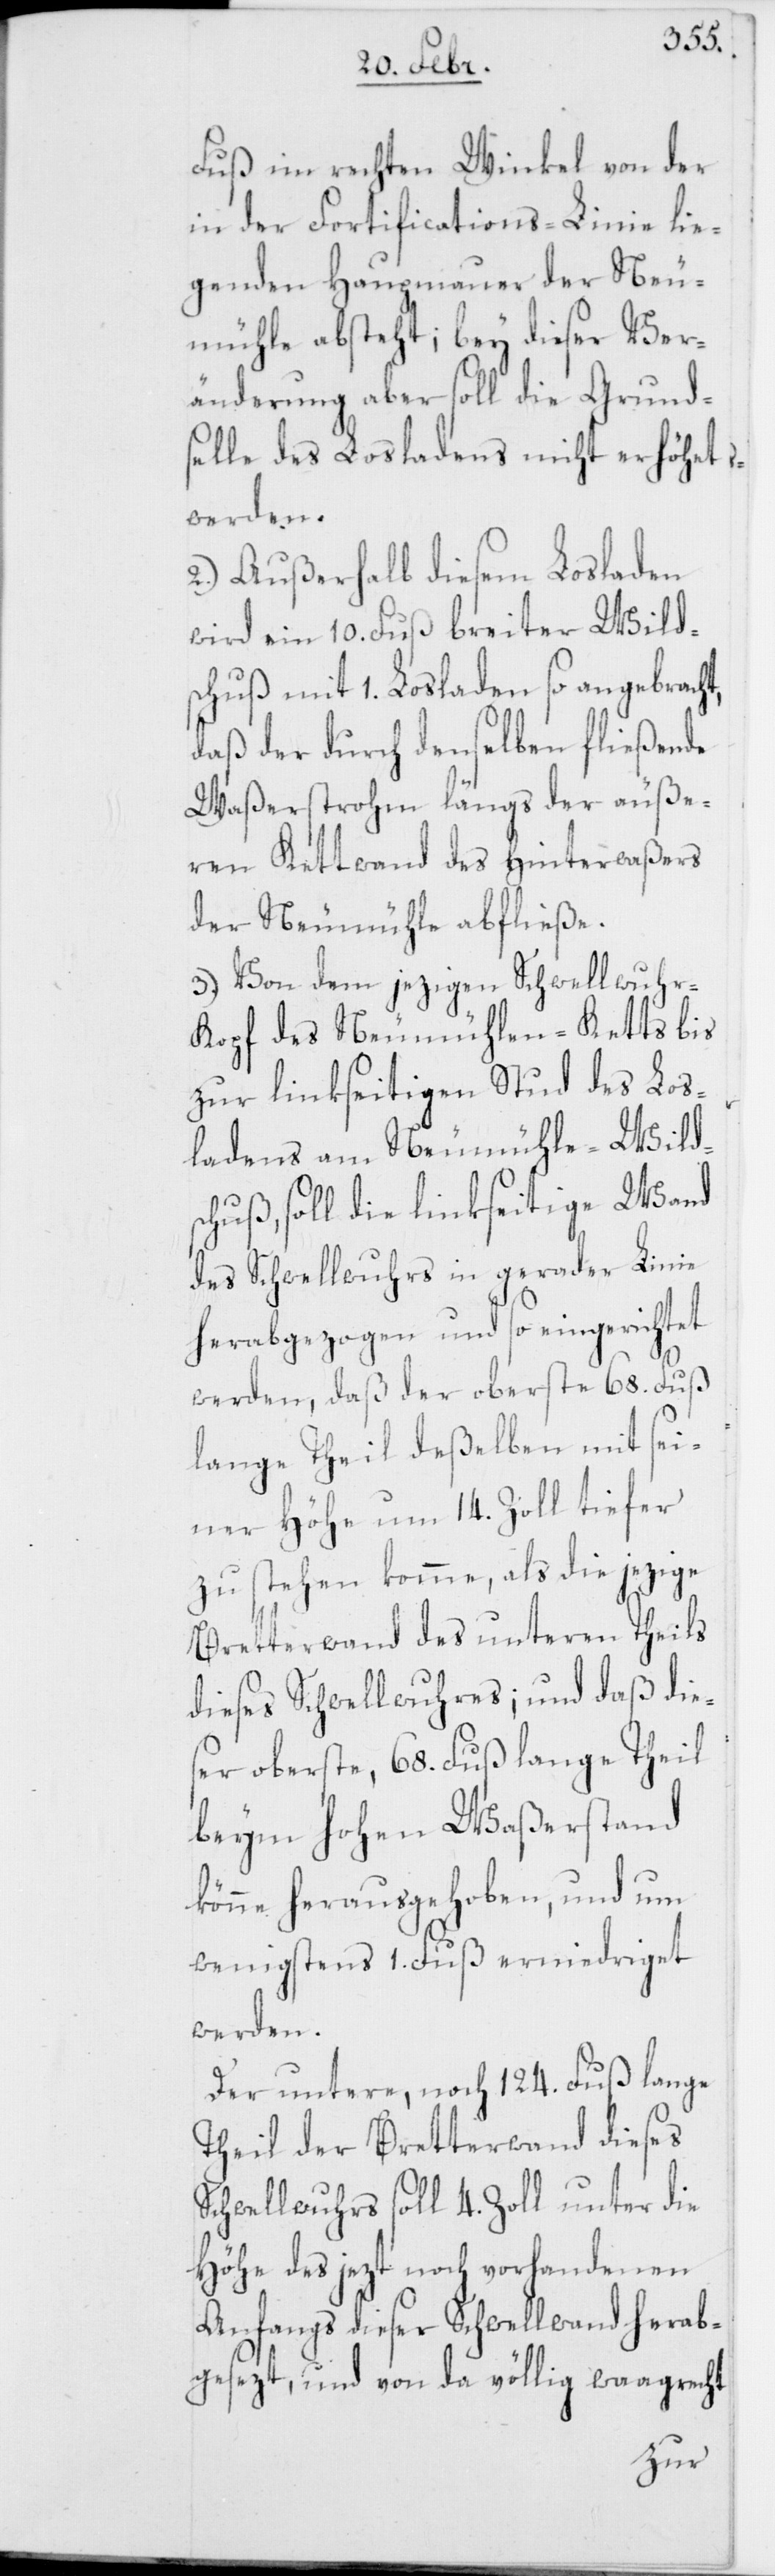
Fuß im rechten Winkel von der
in der Fortifications-Linie lie¬
genden Haup[t]mauer der Neu¬
mühle absteht; bey dieser Ver¬
änderung aber soll die Grunds¬
elle des Losladens nicht erhöhet
werden.
2.) Außerhalb diesem Losladen
wird ein 10. Fuß breiter Wilds¬
chuß mit 1. Losladen so angebracht,
daß der durch denselben fließende
Waßerstrohm längs der äuße¬
ren Kettwand des Hinterwaßers
der Neumühle abfließe.
3.) Von dem jezigen Schwellwuhr-K¬
opf des Neumühlen-Ketts bis
zur linkseitigen Stud des Los¬
ladens am Neumühle-Wilds¬
chuß, soll die linkseitige Wand
des Schwellwuhrs in gerader Linie
herabgezogen und so eingerichtet
werden, daß der oberste 68. Fuß
lange Theil deßelben mit sei¬
ner Höhe um 14. Zoll tiefer
zu stehen komme, als die jezige
Bretterwand des unteren Theils
dieses Schwellwuhres; und daß die¬
ser oberste, 68. Fuß lange Theil
beym hohen Waßerstand
könne herausgehoben, und um
wenigstens 1. Fuß erniedriget
werden.
Der untere, noch 124. Fuß lange
Theil der Bretterwand dieses
Schwellwuhrs soll 4. Zoll unter die
Höhe des jezt noch vorhandenen
Anfangs dieser Schwellwand herab¬
gesezt, und von da völlig waagrecht